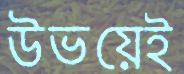
উভয়েই